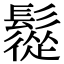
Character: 䰌